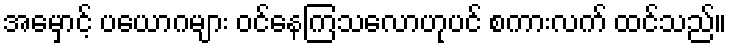
အမှောင့် ပယောဂများ ဝင်နေကြသလောဟုပင် စကားလက် ထင်သည်။